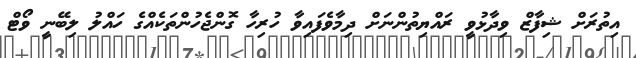
އިތުރަށް ޝިފާޒް ވިދާޅުވީ ރައްޔިތުންނަށް ދިމާވެފައިވާ ހުރިހާ ގޮންޖެހުންތަކެއްގެ ހައްލު ލިބޭނީ ވޯޓް